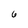
Character: 6